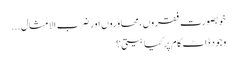
خوبصورت فقروں، محاوروں اور ضرب الامثال...
وجود ڈاٹ کام پر کیا بیتی؟